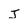
Character: j